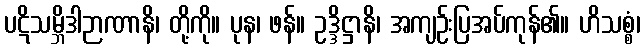
ပဋိသမ္ဘိဒါဉာဏာနိ၊ တို့ကို။ ပုန၊ ဖန်။ ဥဒ္ဒိဋ္ဌာနိ၊ အကျဉ်းပြအပ်ကုန်၏။ ဟိသစ္စံ၊